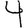
Digit: 4